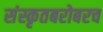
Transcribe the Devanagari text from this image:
संस्कृतबरोबरच